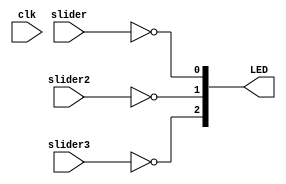
module pressure (
input wire clk,
input wire slider,
input wire slider2,
input wire slider3,
output wire [5:3] LED// 3 LEDS

);

// create a binary counter
reg [31:0] cnt; //32 bit counter

initial begin

cnt <= 32'h00000000; // start count at zero

end

always @(posedge slider) begin

cnt <= cnt+1; // count up

end



//assign LEDs to bits 28 through 26 of the counter
assign LED[3] = !slider;
assign LED[4] = !slider2;
assign LED[5] = !slider3;



endmodule